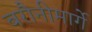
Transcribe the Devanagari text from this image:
बरौनीमार्गे